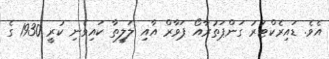
އެވެ. ޑައިރެކްޓަރު ގަންޕަތުރާއޯ ޕަވާރް އާއި ލަލީތާ ކައިވެނި ކުރީ 1930 ގެ